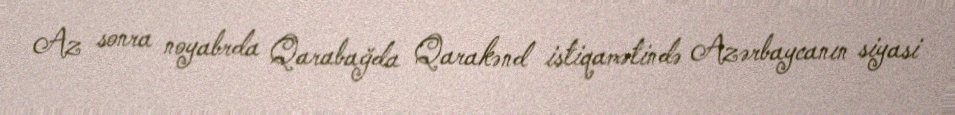
Az sonra noyabrda Qarabağda Qarakənd istiqamətində Azərbaycanın siyasi